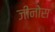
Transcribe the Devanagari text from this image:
जीनोस